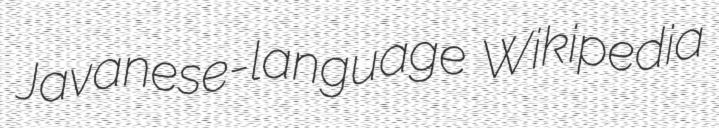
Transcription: Javanese-language Wikipedia